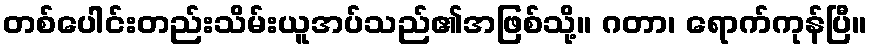
တစ်ပေါင်းတည်းသိမ်းယူအပ်သည်၏အဖြစ်သို့။ ဂတာ၊ ရောက်ကုန်ပြီ။